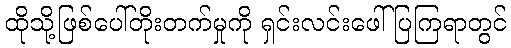
ထိုသို့ဖြစ်ပေါ်တိုးတက်မှုကို ရှင်းလင်းဖေါ်ပြကြရာတွင်